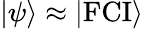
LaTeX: |\psi\rangle\approx|\mathrm{FCI}\rangle